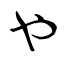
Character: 也